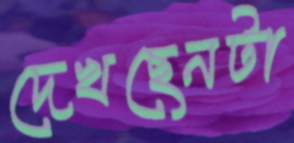
দেখছেনটা